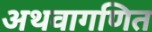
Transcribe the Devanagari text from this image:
अथवागणित